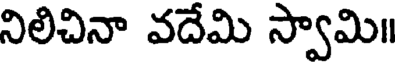
నిలిచినా వదేమి స్వామి॥